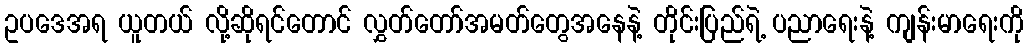
ဥပဒေအရ ယူတယ် လို့ဆိုရင်တောင် လွှတ်တော်အမတ်တွေအနေနဲ့ တိုင်းပြည်ရဲ့ ပညာရေးနဲ့ ကျန်းမာရေးကို